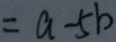
= a - 5 b